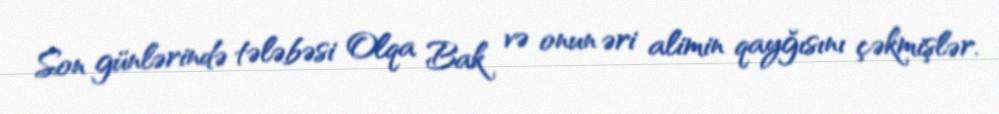
Son günlərində tələbəsi Olqa Bak və onun əri alimin qayğısını çəkmişlər.